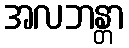
အလဘန္တာ